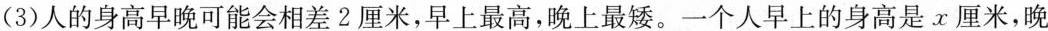
(3)人的身高早晚可能会相差2厘米，早上最高，晚上最矮。一个人早上的身高是x厘米，晚